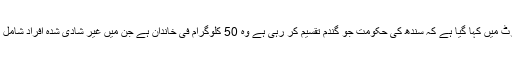
رپورٹ میں کہا گیا ہے کہ سندھ کی حکومت جو گندم تقسیم کر رہی ہے وہ 50 کلوگرام فی خاندان ہے جن میں غیر شادی شدہ افراد شامل نہیں۔